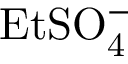
\mathrm { E t S O _ { 4 } ^ { - } }